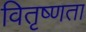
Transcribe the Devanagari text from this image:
वितृष्णता